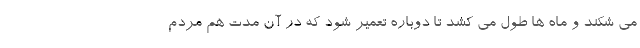
می شکند و ماه ها طول می کشد تا دوباره تعمیر شود که در آن مدت هم مردم